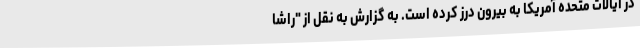
در ایالات متحده آمریکا به بیرون درز کرده است. به گزارش به نقل از "راشا